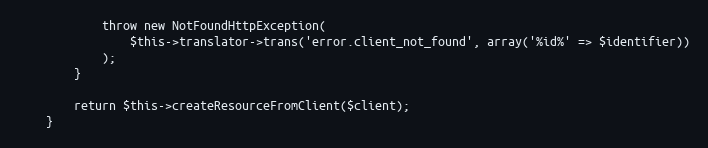
Language: PHP
            throw new NotFoundHttpException(
                $this->translator->trans('error.client_not_found', array('%id%' => $identifier))
            );
        }

        return $this->createResourceFromClient($client);
    }